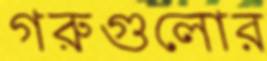
গরুগুলোর